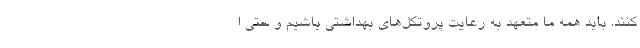
کنند. باید همه ما متعهد به رعایت پروتکل‌های بهداشتی باشیم و حتی ا